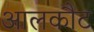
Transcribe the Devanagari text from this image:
आलकौट